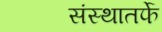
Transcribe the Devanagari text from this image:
संस्थातर्फे